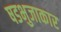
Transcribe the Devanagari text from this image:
षडभुजाकार